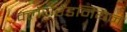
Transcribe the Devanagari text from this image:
क्लेयरेंडनियन